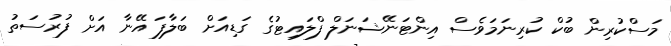
މަސްކުރިން ބުކް ކުރިނަމަވެސް އިންޓަނޭޝަނަލް ފްލައިޓުގެ ގަޑިއަށް ބަލާފަ އޭނާ އަށް ފުރުސަތު